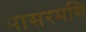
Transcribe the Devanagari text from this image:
मासरमणि